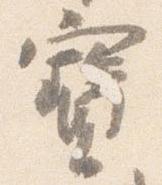
宝